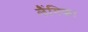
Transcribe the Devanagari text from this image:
लैंगिक।